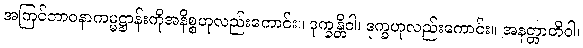
အကြင်ဘာဝနာကမ္မဋ္ဌာန်းကိုအနိစ္စဟုလည်းကောင်း။ ဒုက္ခန္တိဝါ၊ ဒုက္ခဟုလည်းကောင်း။ အနတ္တာတိဝါ၊